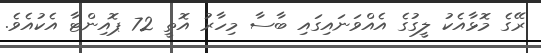
ރޭގެ މޮޅާއެކު ލީގުގެ އެއްވަނައިގައި ބާސާ މިހާރު އޮތީ 72 ޕޮއިންޓާ އެކުއެވެ.